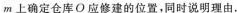
m 上确定仓库 O 应修建的位置，同时说明理由.